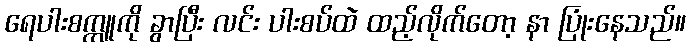
ရေပါးစက္ကူကို ခွာပြီး လင်း ပါးစပ်ထဲ ထည့်လိုက်တော့ နာ ပြုံးနေသည်။